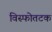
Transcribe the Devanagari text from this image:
विस्फोतटक